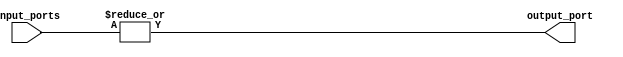
module or_gate_64 (
    input [63:0] input_ports,
    output output_port
);

assign output_port = |input_ports;

endmodule